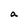
Character: a